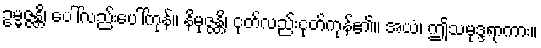
ဥမ္မဇ္ဇန္တိ၊ ပေါ်လည်းပေါ်ကုန်။ နိမုဇ္ဇန္တိ၊ ငုတ်လည်းငုတ်ကုန်၏။ အယံ၊ ဤသမုဒ္ဒရာကား။